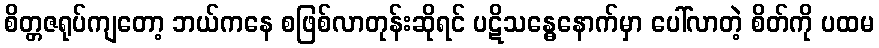
စိတ္တဇရုပ်ကျတော့ ဘယ်ကနေ စဖြစ်လာတုန်းဆိုရင် ပဋိသန္ဓေနောက်မှာ ပေါ်လာတဲ့ စိတ်ကို ပထမ